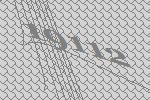
19112